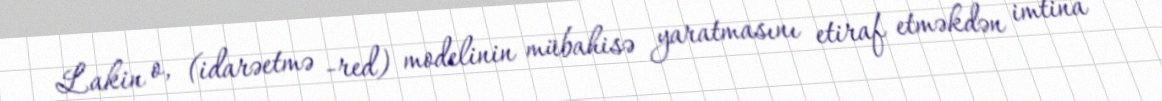
Lakin o, (idarəetmə -red) modelinin mübahisə yaratmasını etiraf etməkdən imtina